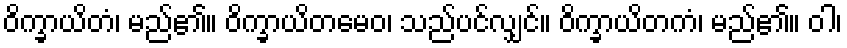
ဝိက္ခာယိတံ၊ မည်၏။ ဝိက္ခာယိတမေဝ၊ သည်ပင်လျှင်။ ဝိက္ခာယိတကံ၊ မည်၏။ ဝါ၊